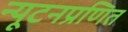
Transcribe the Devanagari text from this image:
न्यूटनप्रणित